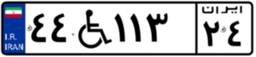
۵۴W۳۴۶۸۱